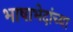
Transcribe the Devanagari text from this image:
भाषाभेदांच्या